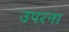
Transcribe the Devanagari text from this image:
उपरना